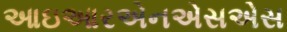
આઇઆરએનએસએસ